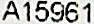
A15961